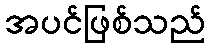
အပင်ဖြစ်သည်